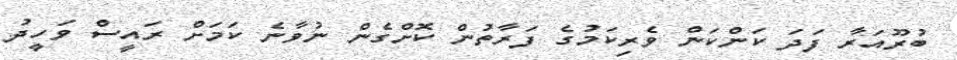
ބުރޫއަރާ ފަދަ ކަންކަން ވެރިކަމުގެ ފަރާތުން ކޮށްގެން ނުވާނެ ކަމަށް ރައީސް ވަހީދު